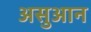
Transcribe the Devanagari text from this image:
असुआन